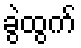
ခွဲထွက်